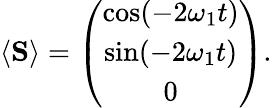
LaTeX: \begin{array}{r}{\langle{\mathbf S}\rangle=\left(\begin{array}{c}{\cos(-2\omega_{1}t)}\\ {\sin(-2\omega_{1}t)}\\ {0}\end{array}\right).}\end{array}